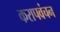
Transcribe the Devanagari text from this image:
करापवंचन